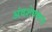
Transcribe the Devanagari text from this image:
अंवशेषमात्र